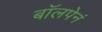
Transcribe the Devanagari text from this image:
बॉलपेनं